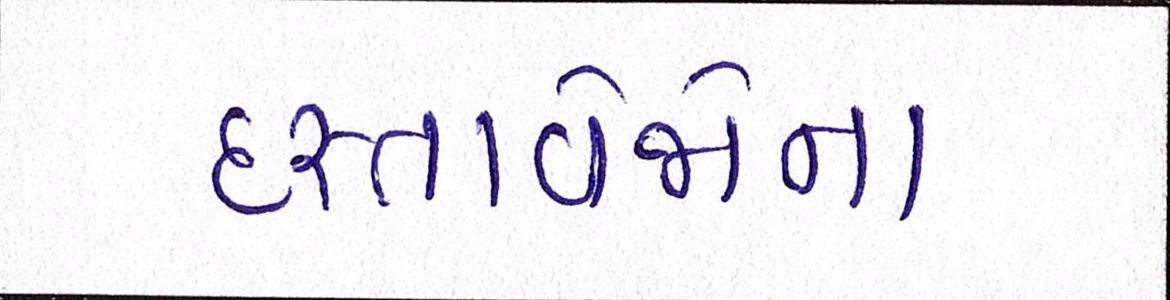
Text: દસ્તાવેજોના